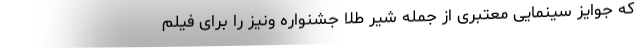
که جوایز سینمایی معتبری از جمله شیر طلا جشنواره ونیز را برای فیلم